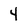
Character: 4